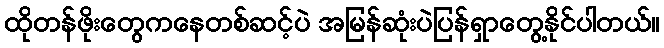
ထိုတန်ဖိုးတွေကနေတစ်ဆင့်ပဲ အမြန်ဆုံးပဲပြန်ရှာတွေ့နိုင်ပါတယ်။